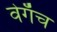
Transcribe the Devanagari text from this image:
वेगॅच